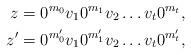
LaTeX: \begin{align*} z &= 0^{m_0}v_1 0^{m_1} v_2 \dots v_t 0^{m_t}, \\ z' &= 0^{m'_0}v_1 0^{m'_1} v_2 \dots v_t 0^{m'_t}, \end{align*}